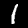
Digit: 1